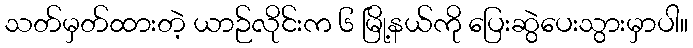
သတ်မှတ်ထားတဲ့ ယာဉ်လိုင်းက ၆ မြို့နယ်ကို ပြေးဆွဲပေးသွားမှာပါ။